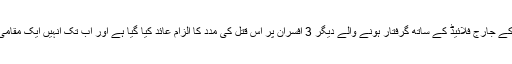
واضح رہے کہ منی ایپلس کے جارج فلائیڈ کے ساتھ گرفتار ہونے والے دیگر 3 افسران پر اس قتل کی مدد کا الزام عائد کیا گیا ہے اور اب تک انہیں ایک مقامی جیل میں ہی رکھا گیا ہے۔